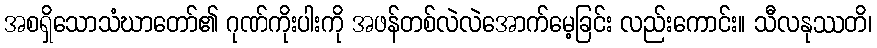
အစရှိသောသံဃာတော်၏ ဂုဏ်ကိုးပါးကို အဖန်တစ်လဲလဲအောက်မေ့ခြင်း လည်းကောင်း။ သီလနုဿတိ၊